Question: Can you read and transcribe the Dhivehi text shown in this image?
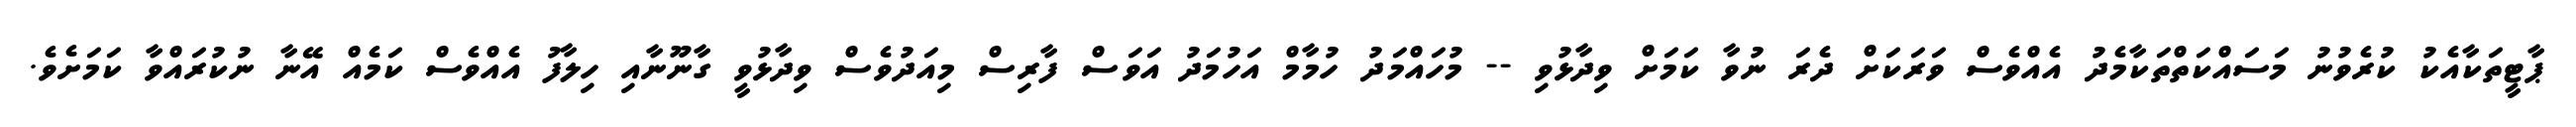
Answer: ޕާޓީތަކާއެކު ކުރެވުނު މަސައްކަތްތަކާމެދު އެއްވެސް ވަރަކަށް ދެރަ ނުވާ ކަމަށް ވިދާޅުވި -- މުހައްމަދު ހުމާމް އަހުމަދު އަވަސް ފާރިސް މިއަދުވެސް ވިދާޅުވީ ގާނޫނާއި ހިލާފު އެއްވެސް ކަމެއް އޭނާ ނުކުރައްވާ ކަމަށެވެ.